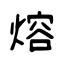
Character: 熔